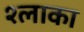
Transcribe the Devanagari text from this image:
श्लाका